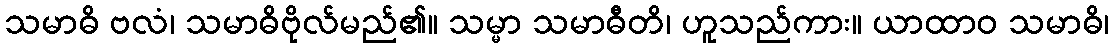
သမာဓိ ဗလံ၊ သမာဓိဗိုလ်မည်၏။ သမ္မာ သမာဓီတိ၊ ဟူသည်ကား။ ယာထာဝ သမာဓိ၊